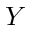
Y